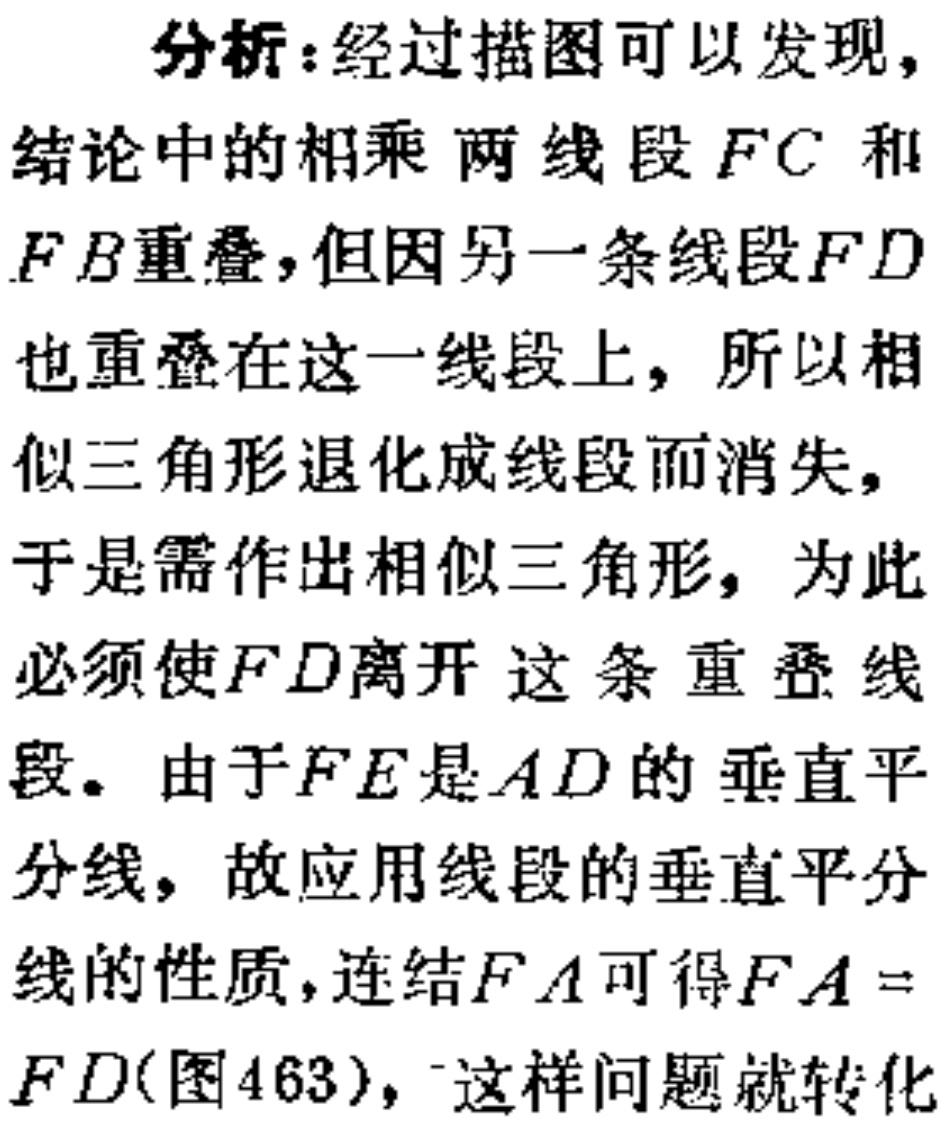
分析：经过描图可以发现，
结论中的相乘 两线段 \(FC\) 和
\(FB\)重叠，但因另一条线段 \(FD\)
也重叠在这一线段上，所以相
似三角形退化成线段而消失，
于是需作出相似三角形，为此
必须使 \(FD\)离开 这条重叠线
段。由于 \(FE\)是 \(AD\) 的 垂直平
分线，故应用线段的垂直平分
线的性质，连结 \(FA\)可得 \(FA =\)
\(FD\)(图463)，这样问题就转化